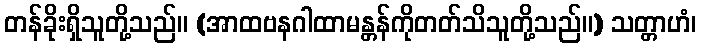
တန်ခိုးရှိသူတို့သည်။ (အာထဗနဂါထာမန္တန်ကိုတတ်သိသူတို့သည်။) သတ္တာဟံ၊